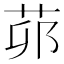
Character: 𦮦